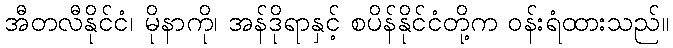
အီတလီနိုင်ငံ၊ မိုနာကို၊ အန်ဒိုရာနှင့် စပိန်နိုင်ငံတို့က ဝန်းရံထားသည်။